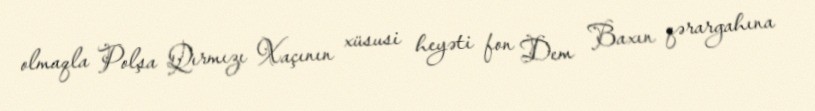
olmaqla Polşa Qırmızı Xaçının xüsusi heyəti fon Dem Baxın qərargahına